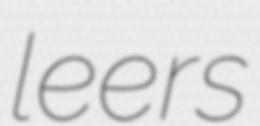
leers